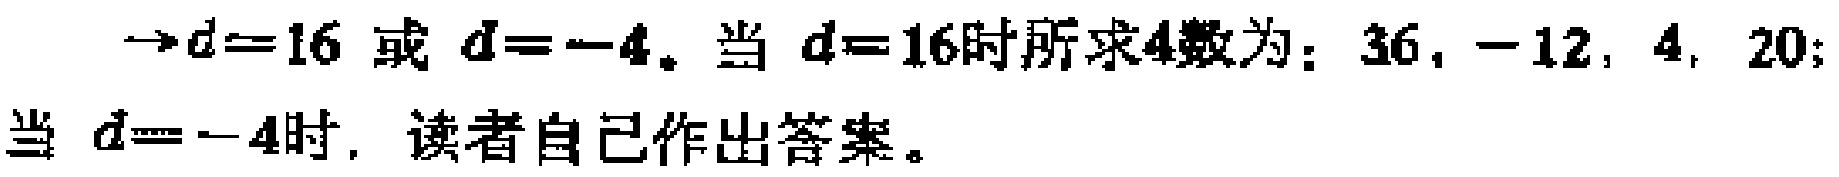
$\rightarrow d = 16$ 或 $d = -4$. 当 $d = 16$时所求4数为：$36, -12, 4, 20$; 当 $d = -4$时, 读者自己作出答案。